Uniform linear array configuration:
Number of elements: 24
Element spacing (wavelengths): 0.75
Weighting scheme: cosine
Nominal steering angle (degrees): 30
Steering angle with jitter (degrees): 30.714
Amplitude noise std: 0.05
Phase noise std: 0.05

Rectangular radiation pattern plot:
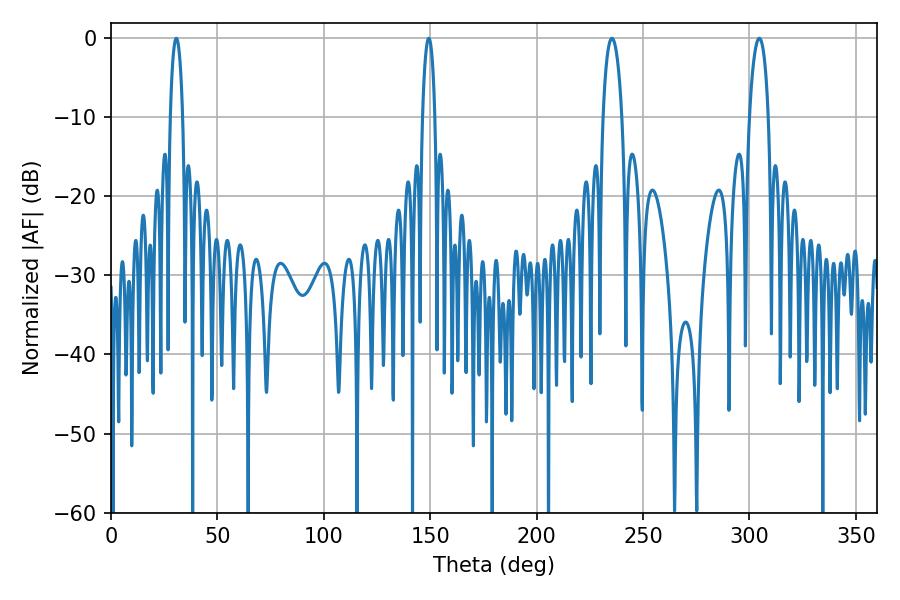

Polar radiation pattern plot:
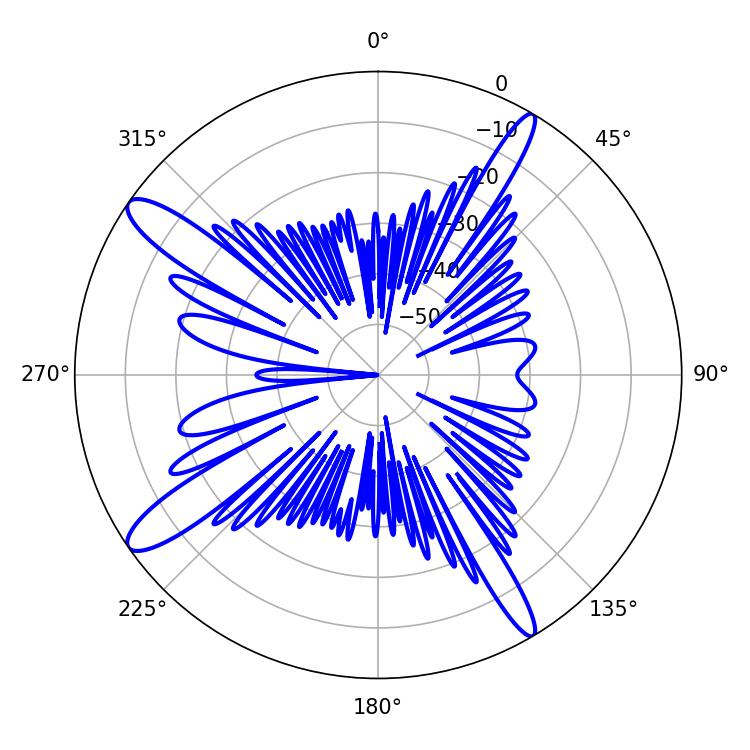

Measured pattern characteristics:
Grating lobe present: TRUE
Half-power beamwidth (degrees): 5.04
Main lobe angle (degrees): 304.56